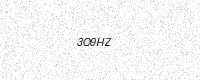
Text: 3O9HZ